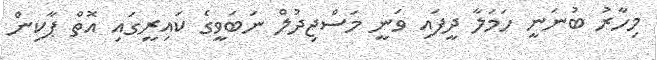
މިހާރު ބުނަނީ ހަމަލާ ދީފައި ވަނީ މަސްޖިދުލް ނަބަވީގެ ކައިރީގައި އޮތް ޕާކިން